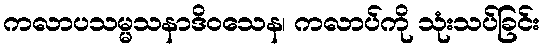
ကလာပသမ္မသနာဒိဝသေန၊ ကလာပ်ကို သုံးသပ်ခြင်း